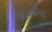
મકાનોના